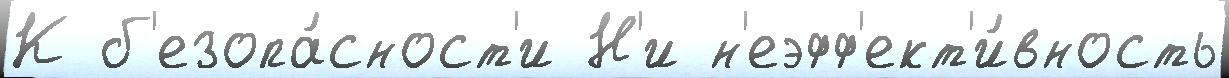
К б'езопа́сност'и Н'и н'еэфф'ект'и́вность